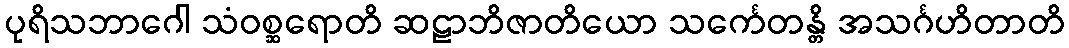
ပုရိသဘာဂေါ သံဝစ္ဆရောတိ ဆဠာဘိဇာတိယော သင်္ကေတန္တိ အသင်္ဂဟိတာတိ